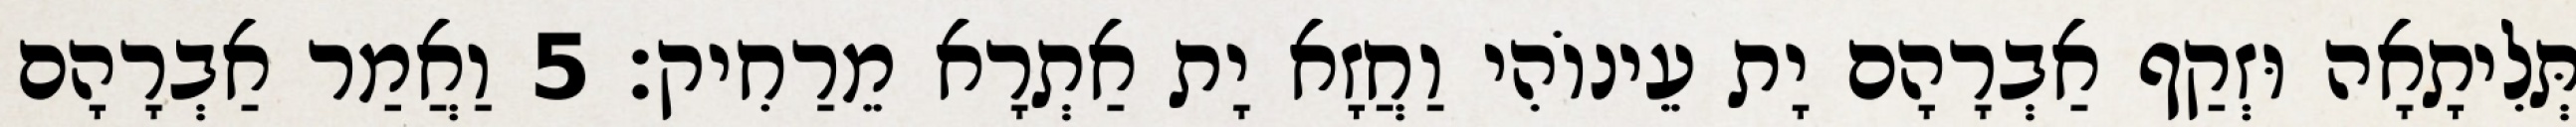
תְּלִיתָאָה וּזְקַף אַבְרָהָם יָת עֵינוֹהִי וַחֲזָא יָת אַתְרָא מֵרַחִיק׃ 5 וַאֲמַר אַבְרָהָם